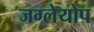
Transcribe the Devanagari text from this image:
जग्लेयोप